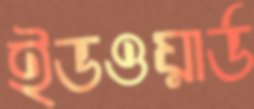
ইডওয়ার্ড